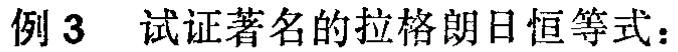
例3 试证著名的拉格朗日恒等式：